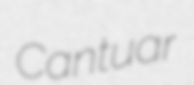
Cantuar